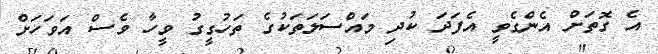
އެ ގޮތަށް އެންގެވީ އެފަދަ ކުދި މައްސަލަތަކުގެ ތަހުގީގު ވީހާ ވެސް އަވަހަށް